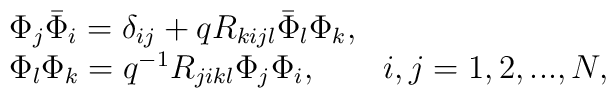
\begin{array}{l}\Phi_{j}\bar{\Phi}_{i}=\delta_{ij}+qR_{kijl}\bar{\Phi}_{l}\Phi_{k},\\\Phi_{l}\Phi_{k}=q^{-1}R_{jikl}\Phi_{j}\Phi_{i},\qquad i,j=1,2,...,N,\end{array}